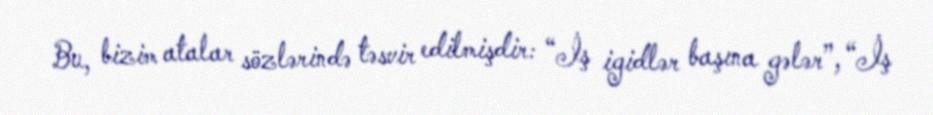
Bu, bizim atalar sözlərində təsvir edilmişdir: “İş igidlər başına gələr”, “İş